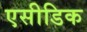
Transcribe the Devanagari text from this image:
एसीडिक